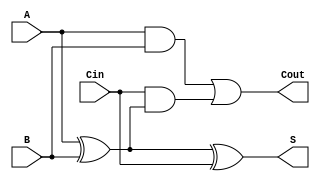
module async_full_adder (
    input wire A,      // First binary input
    input wire B,      // Second binary input
    input wire Cin,    // Carry-in input
    output wire S,     // Sum output
    output wire Cout   // Carry-out output
);

// Internal signals for intermediate calculations
wire A_xor_B;

// Compute the sum using XOR gates
assign A_xor_B = A ^ B; // A XOR B
assign S = A_xor_B ^ Cin; // (A XOR B) XOR Cin

// Compute the carry-out using AND and OR gates
assign Cout = (A & B) | (Cin & A_xor_B); // (A AND B) OR (Cin AND (A XOR B))

endmodule